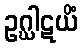
ဥဂ္ဃါဋယိံ